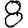
Digit: 8